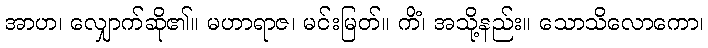
အာဟ၊ လျှောက်ဆို၏။ မဟာရာဇ၊ မင်းမြတ်။ ကိံ၊ အသို့နည်း။ သောသိလောကော၊